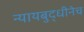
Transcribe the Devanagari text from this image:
न्यायबुद्धीनेच